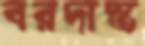
বরদাস্ত